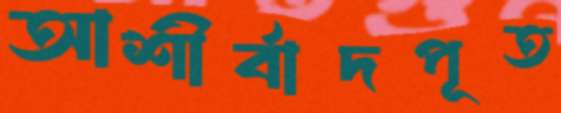
আশীর্বাদপূত